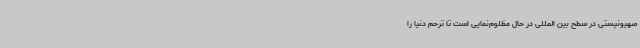
صهیونیستی در سطح بین المللی در حال مظلوم‌نمایی است تا ترحم دنیا را